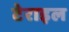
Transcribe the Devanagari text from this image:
टेराइल